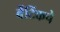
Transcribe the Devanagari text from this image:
बेंटिंकचे